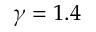
\gamma = 1 . 4